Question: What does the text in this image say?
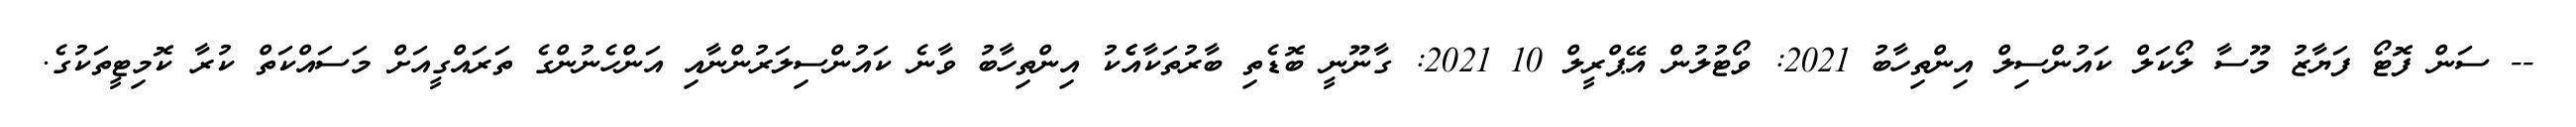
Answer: -- ސަން ފޮޓޯ ފަޔާޒު މޫސާ ލޯކަލް ކައުންސިލް އިންތިހާބު 2021: ވޯޓުލުން އޭޕްރީލް 10 2021: ގާނޫނީ ބޮޑެތި ބާރުތަކާއެެކު އިންތިހާބު ވާނެ ކައުންސިލަރުންނާއި އަންހެނުންގެ ތަރައްގީއަށް މަސައްކަތް ކުރާ ކޮމިޓީތަކުގެ.